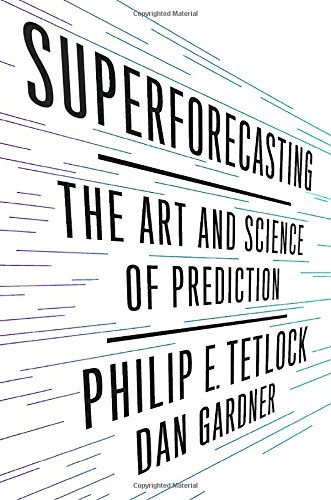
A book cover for Superforecasting: The Art and Science of Prediction; Philip E. Tetlock; Medical Books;